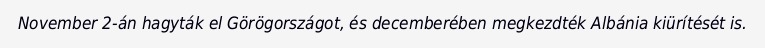
November 2-án hagyták el Görögországot, és decemberében megkezdték Albánia kiürítését is.